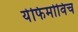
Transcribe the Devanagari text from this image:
येफिमोविच